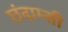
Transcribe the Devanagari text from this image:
छंदाम्सी